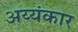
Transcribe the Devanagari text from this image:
अय्यंकार